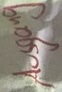
Text: Ausgang